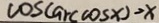
\cos ( \arccos x ) \rightarrow x